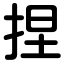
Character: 捏